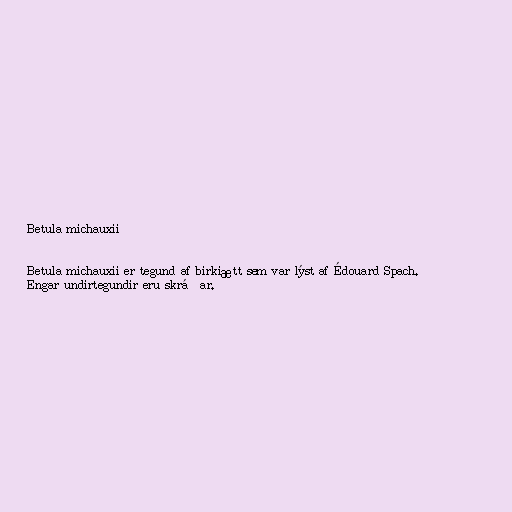
Betula michauxii

Betula michauxii er tegund af birkiætt sem var lýst af Édouard Spach.
Engar undirtegundir eru skráðar.